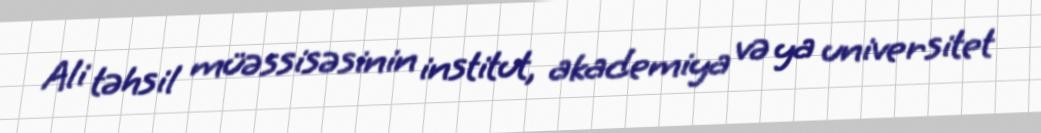
Ali təhsil müəssisəsinin institut, akademiya və ya universitet